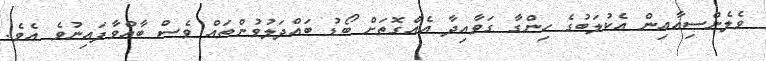
ވެލެންސިއާއިން އެކުލަބުގެ ހިންގާ ގަވާއިދާ އެއްގޮތަށް ބޯޑު ބައްދަލުވުންތައް ވެސް ބާއްވާފައިނުވެ އެވެ.